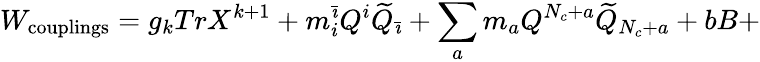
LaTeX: W_{\mathrm{couplings}}=g_{k}TrX^{k+1}+m_{i}^{\bar{\imath}}Q^{i}\widetilde{Q}_{\bar{\imath}}+\sum_{a}m_{a}Q^{N_{c}+a}\widetilde{Q}_{N_{c}+a}+bB+